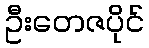
ဦးတေဇပိုင်